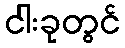
ငါးခုတွင်